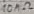
Text: 10MΩ